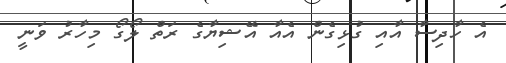
އެ ހާދިސާ އާއި ގުޅިގެން އެއާ އޭޝިޔާގެ ރަތް ލޯގޯ މިހާރު ވަނީ